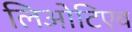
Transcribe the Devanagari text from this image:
लिओटिएव